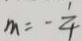
m = - \frac { 1 } { 4 }